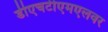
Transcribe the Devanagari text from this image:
डीएचटीएमएलवर